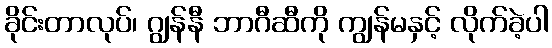
ခိုင်းတာလုပ်၊ ဂျွန်နီ ဘာဂီဆီကို ကျွန်မနှင့် လိုက်ခဲ့ပါ